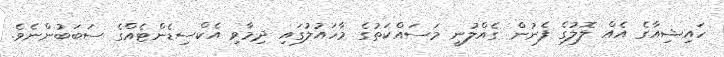
ހައިޝިއާގެ އެއް ލޮލުގެ ފެނުން ގެއްލުނީ މަސައްކަތުގެ މާހައުލުގައި ދިމާވި އެކްސިޑެންޓެއްގެ ސަބަބުންނެވެ.